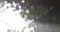
લૌલર